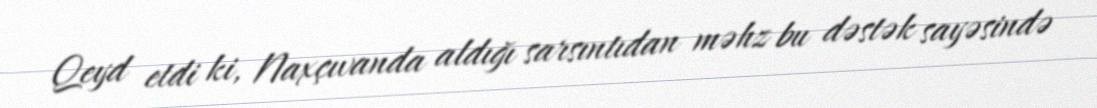
Qeyd etdi ki, Naxçıvanda aldığı sarsıntıdan məhz bu dəstək sayəsində